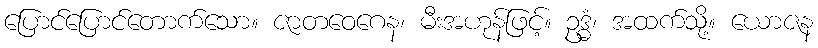
ပြောင်ပြောင်တောက်သော။ ဇာတဝေဂေန၊ မီးအဟုန်ဖြင့်။ ဥဒ္ဓံ၊ အထက်သို့။ ယောဇန